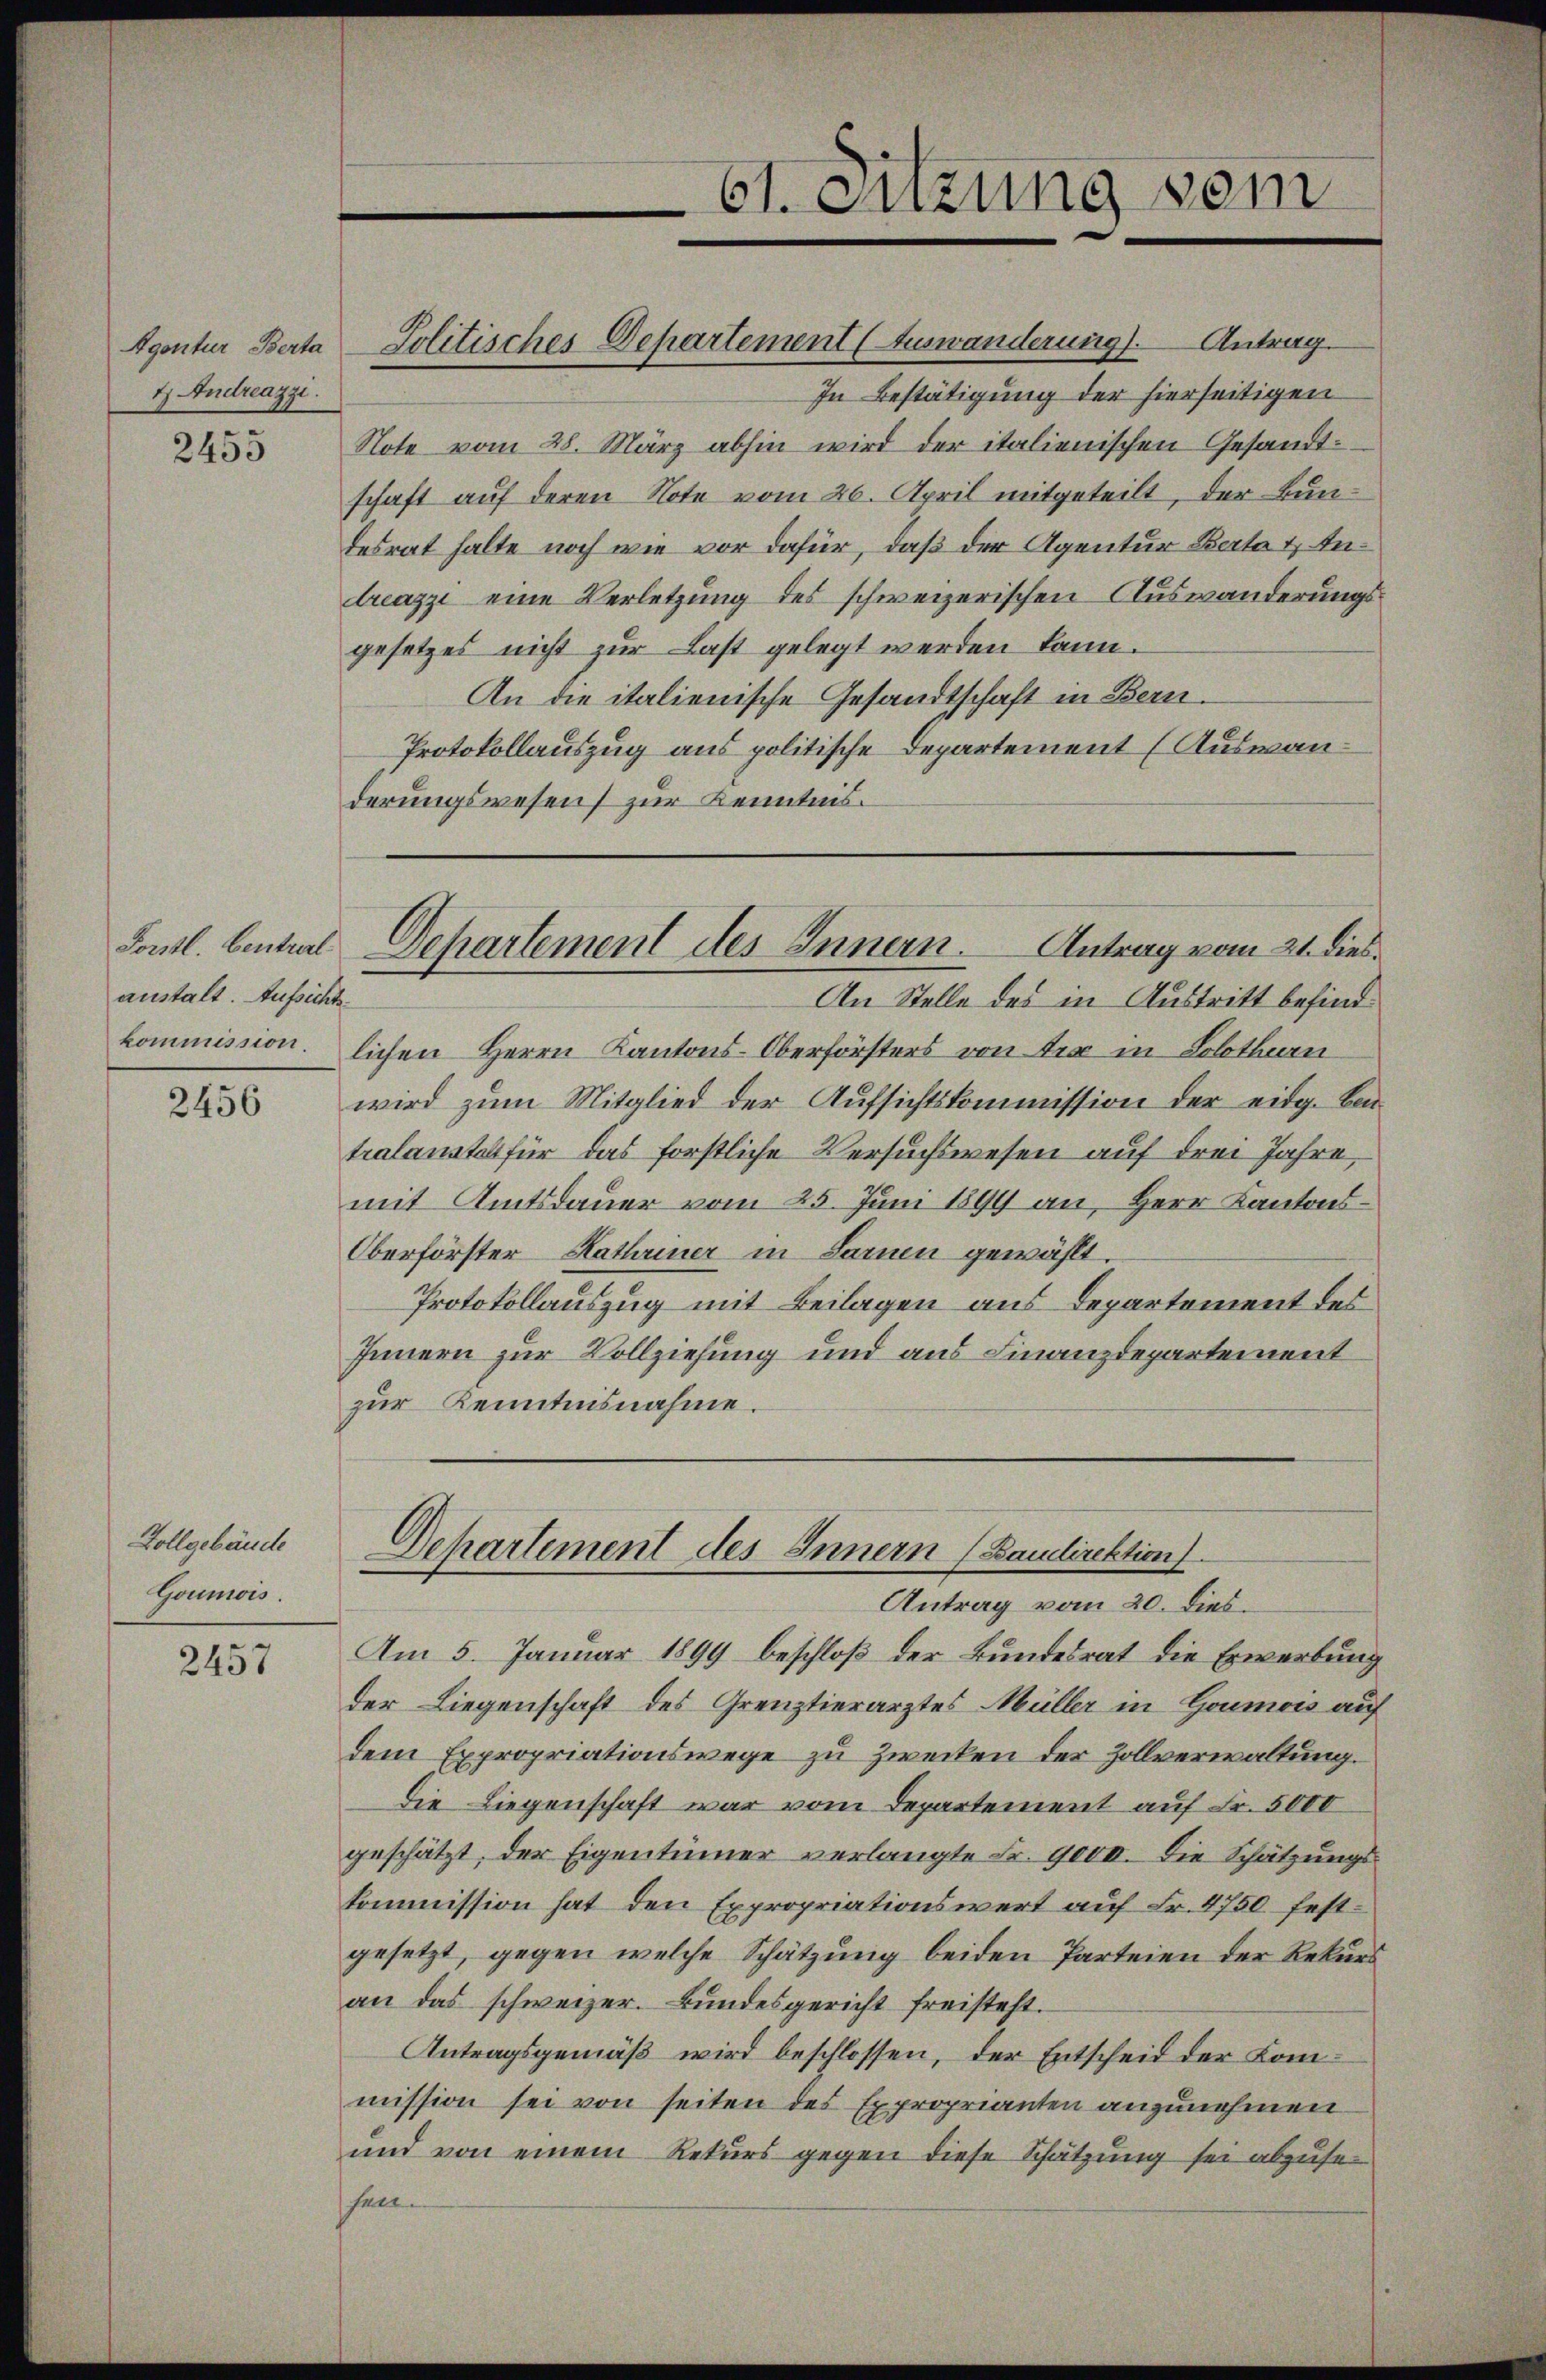
Agentur Berta
4. Andreazzi.

2455

Forstl. Centralanstalt. Aufsichte.
kommission.

2456

Vollgebäude
Goumis.

2457

Jolitisches Departement (Auswanderung). Antrag.
In Bestätigung der hierseitigen
Note vom 28. März abhin wird der italienischen Gesandt-
schaft auf deren Note vom 26. April mitgeteilt, der Bundesrat halte noch wie vor dafür, daß der Agentur Berta u. Antreazzi eine Verletzung des schweizerischen Auswanderungsgesetzes nicht zur Last gelegt werden kann.
An die italienische Gesandtschaft in Bern.
Protokollauszug aus politische Departement (Auswanterungswesen zur Kenntnis.
Departement des Innern. Antrag vom 21. dies
An Stelle des in Austritt befind
lichen Herrn Kantons-Oberförsters von tra in Solothurn
wird zum Mitglied der Aufsichtskommission der eidg. Bei
tralanstes für das forstliche Versuchswesen auf drei Jahre,
mit Amtsdauer vom 25. Juni 1899 an, Herr Kantons¬
Überförster Hathriner in Sarnen gewählt.
Protokollauszug mit Beilagen aus Departement des
Innern zur Vollziehung und aus Finanzdepartement
zur Kenntnisnahme.

61. Sitzung vom

Dehartement des Innern (Landirektion).

Antrag vom 20. dies.
Am 5. Januar 1899 beschloß der Bundesrat die Erwerbung
der Liegenschaft des Grenztierarztes Müller in Goumois auf
dem Expropriationswege zu Zwecken der Zollverwaltung.
Die Liegenschaft war vom Departement auf Fr. 5000
geschätzt, der Eigentümer verlangte Fr. 9000. Die Schätzungs-
kommission hat den Expropriationswert auf Fr. 4750 festgesetzt, gegen welche Schätzung beiden Parteien der Rekurs
an das schweizer. Bundesgericht freisteht.
Antragsgemäß wird beschlossen, der Entscheid der Kommission sei von seiten des Exproprianten anzunehmen
und von einem Rekurs gegen diese Schätzung sei abzusehalt